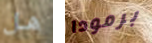
هل برمودا